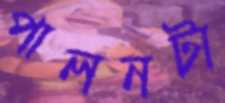
পালনটা